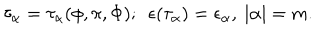
LaTeX: \tau _ { \alpha } = \tau _ { \alpha } ( \phi , \pi , \Phi ) ; ~ ~ \epsilon ( \tau _ { \alpha } ) = \epsilon _ { \alpha } , { } ~ | \alpha | = m .